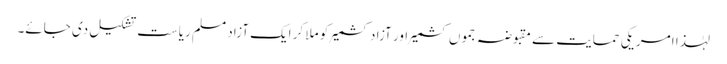
لہٰذا امریکی حمایت سے مقبوضہ جموں کشمیر اور آزاد کشمیر کو ملا کر ایک آزاد مسلم ریاست تشکیل دی جائے۔